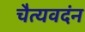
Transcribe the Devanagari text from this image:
चैत्यवदंन